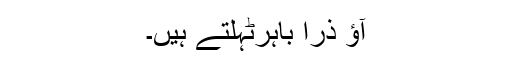
آﺅ ذرا باہرٹہلتے ہیں۔